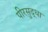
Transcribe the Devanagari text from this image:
पीरसुद्धा